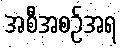
အစီအစဉ်အရ